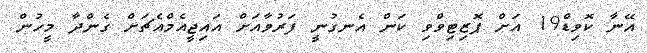
އޭނާ ކޮވިޑް19 އަށް ޕޮޒިޓިވްވި ކަން އެނގުނީ ފަރުވާއަށް އައިޖީއެމްއެޗަށް ގެންދާ މީހުން